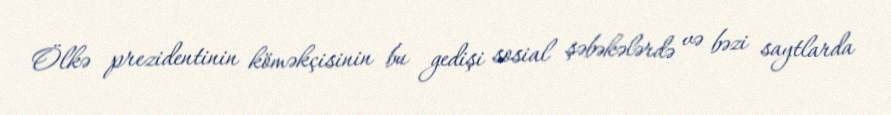
Ölkə prezidentinin köməkçisinin bu gedişi sosial şəbəkələrdə və bəzi saytlarda